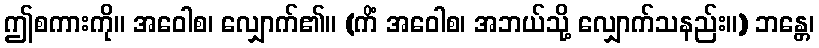
ဤစကားကို။ အဝေါစ၊ လျှောက်၏။ (ကိံ အဝေါစ၊ အဘယ်သို့ လျှောက်သနည်း။) ဘန္တေ၊